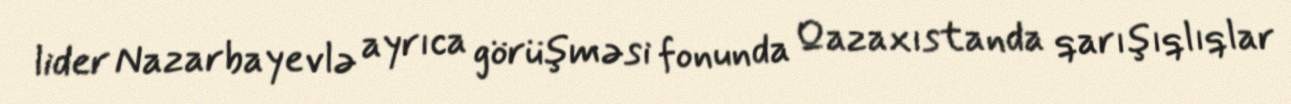
lider Nazarbayevlə ayrıca görüşməsi fonunda Qazaxıstanda qarışıqlıqlar